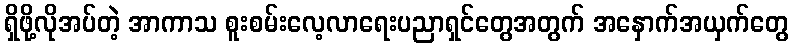
ရှိဖို့လိုအပ်တဲ့ အာကာသ စူးစမ်းလေ့လာရေးပညာရှင်တွေအတွက် အနှောက်အယှက်တွေ